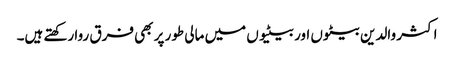
اکثر والدین بیٹوں اور بیٹیوں میں مالی طور پر بھی فرق روا رکھتے ہیں۔